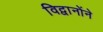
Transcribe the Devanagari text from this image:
विद्वानोंने